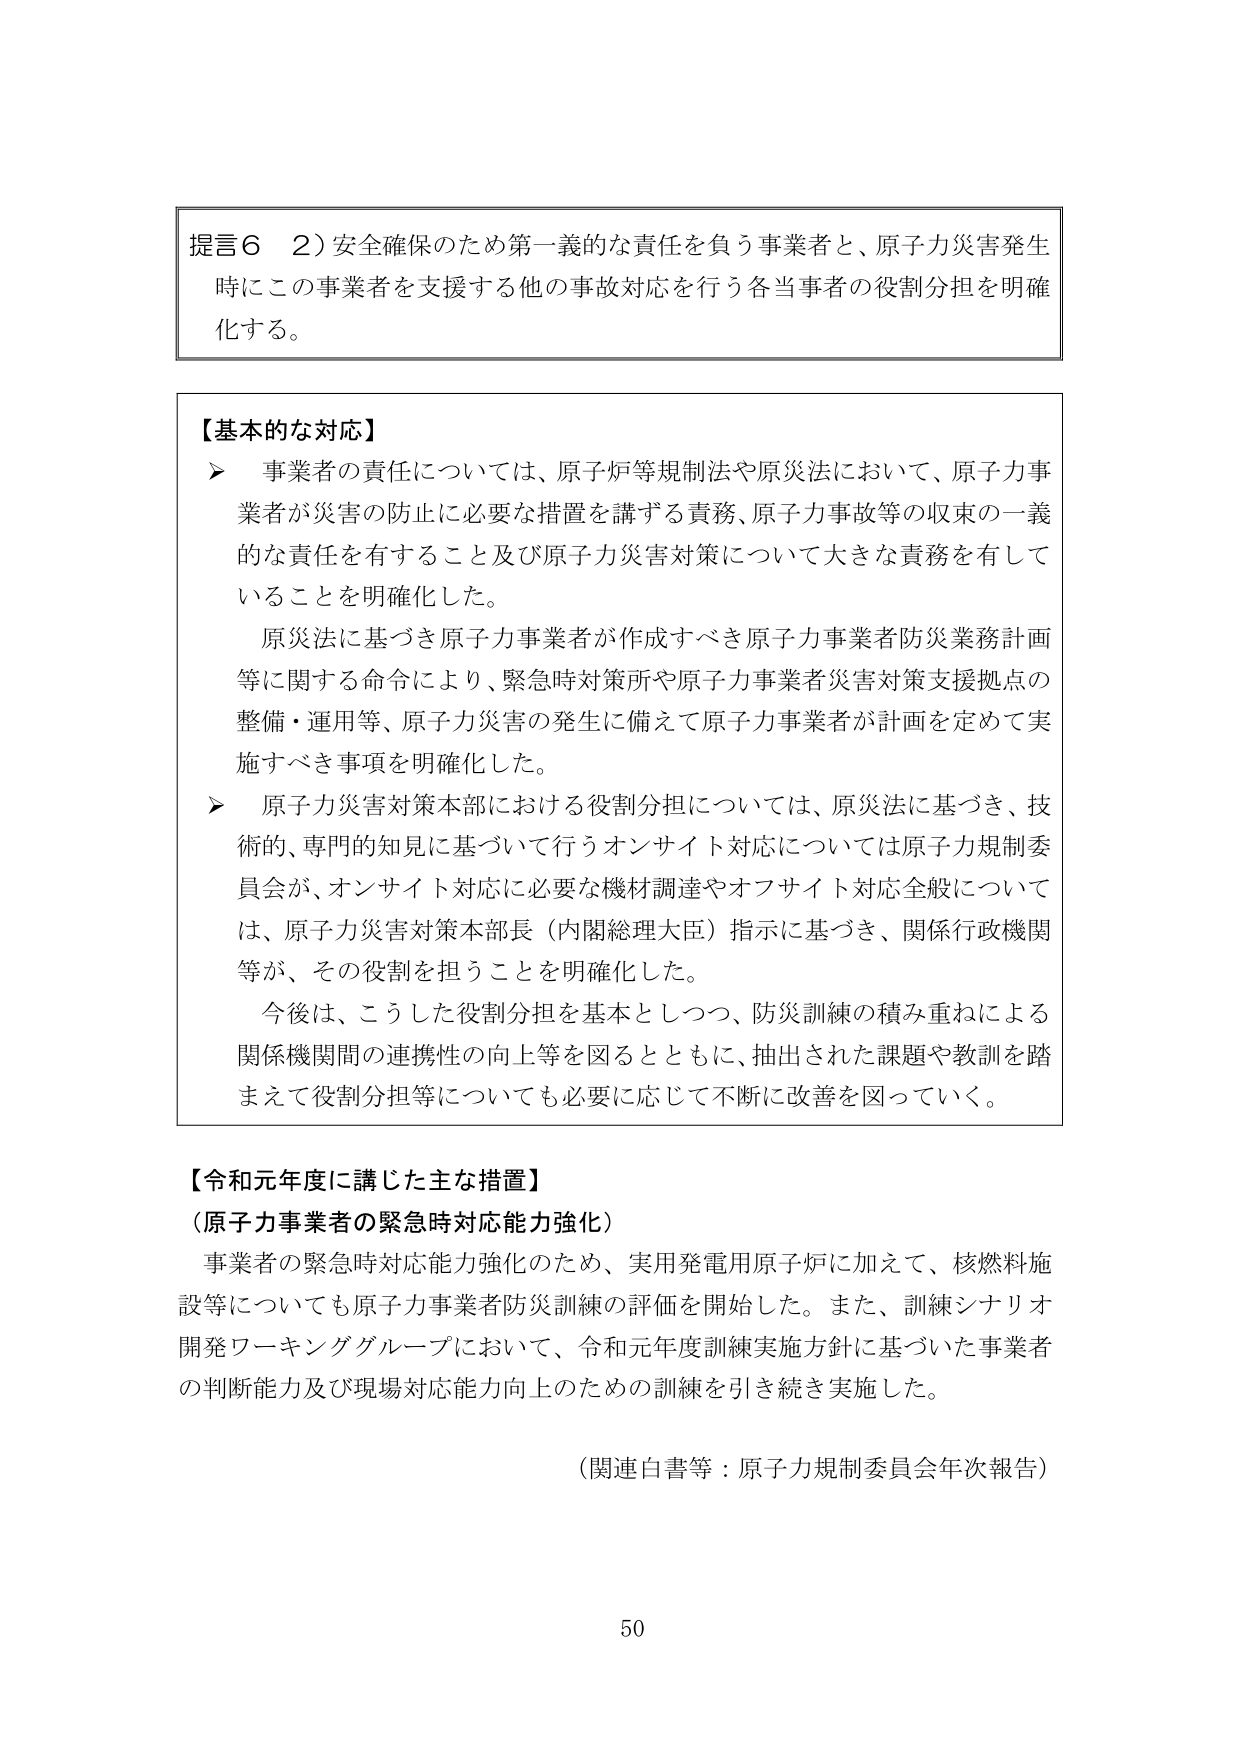
提言６　２）安全確保のため第一義的な責任を負う事業者と、原子力災害発生時にこの事業者を支援する他の事故対応を行う各当事者の役割分担を明確化する。

【基本的な対応】
▶　事業者の責任については、原子炉等規制法や原災法において、原子力事業者が災害の防止に必要な措置を講ずる責務、原子力事故等の収束の一義的な責任を有すること及び原子力災害対策について大きな責務を有していることを明確化した。
　　原災法に基づき原子力事業者が作成すべき原子力事業者防災業務計画等に関する命令により、緊急時対策所や原子力事業者災害対策支援拠点の整備・運用等、原子力災害の発生に備えて原子力事業者が計画を定めて実施すべき事項を明確化した。
▶　原子力災害対策本部における役割分担については、原災法に基づき、技術的、専門的知見に基づいて行うオンサイト対応については原子力規制委員会が、オンサイト対応に必要な機材調達やオフサイト対応全般については、原子力災害対策本部長（内閣総理大臣）指示に基づき、関係行政機関等が、その役割を担うことを明確化した。
　　今後は、こうした役割分担を基本としつつ、防災訓練の積み重ねによる関係機関間の連携性の向上等を図るとともに、抽出された課題や教訓を踏まえて役割分担等についても必要に応じて不断に改善を図っていく。

【令和元年度に講じた主な措置】
（原子力事業者の緊急時対応能力強化）
　　事業者の緊急時対応能力強化のため、実用発電用原子炉に加えて、核燃料施設等についても原子力事業者防災訓練の評価を開始した。また、訓練シナリオ開発ワーキンググループにおいて、令和元年度訓練実施方針に基づいた事業者の判断能力及び現場対応能力向上のための訓練を引き続き実施した。

（関連白書等：原子力規制委員会年次報告）

50